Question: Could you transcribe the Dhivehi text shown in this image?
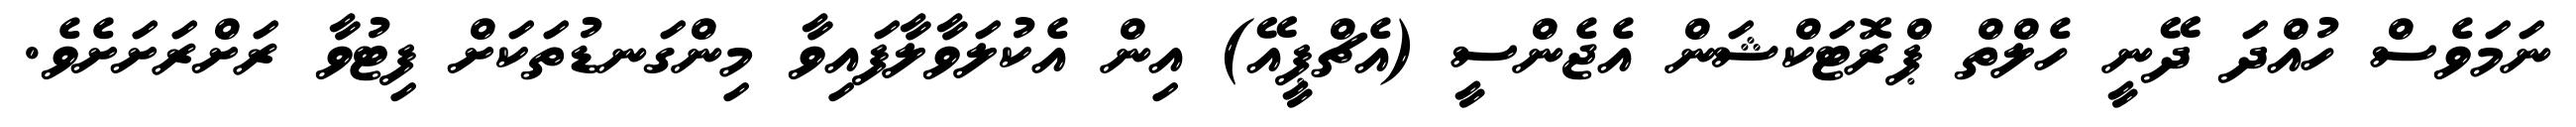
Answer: ނަމަވެސް ހުއްދަ ދޭނީ ހެލްތް ޕްރޮޓަކްޝަން އެޖެންސީ (އެޗްޕީއޭ) އިން އެކުލަވާލާފައިވާ މިންގަނޑުތަކަށް ފިޓުވާ ރަށްރަށަށެވެ.